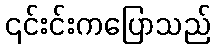
၎င်းင်းကပြောသည်